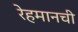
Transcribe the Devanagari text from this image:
रेहमानची